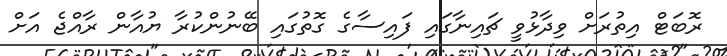
ރޮބަޓް އިތުރަށް ވިދާޅުވީ ޗައިނާގައި ފައިސާގެ ގޮތުގައި ބޭނުންކުރާ ޔުއާން ރާއްޖެ އަށް